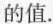
的值.